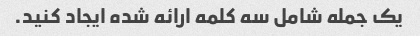
یک جمله شامل سه کلمه ارائه شده ایجاد کنید.